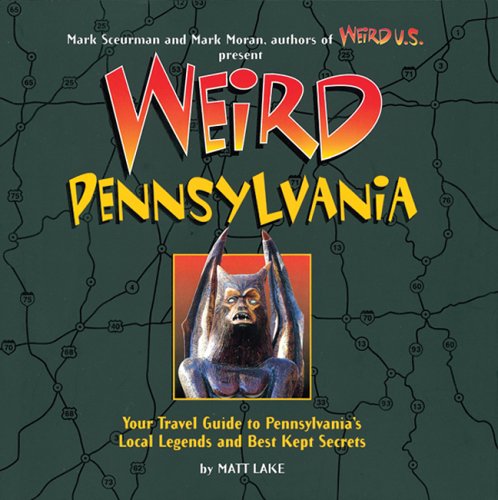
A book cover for Weird Pennsylvania: Your Travel Guide to Pennsylvania's Local Legends and Best Kept Secrets; Matt Lake; Travel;